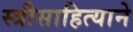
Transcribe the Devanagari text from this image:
स्त्रीसाहित्याने